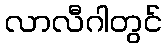
လာလီဂါတွင်